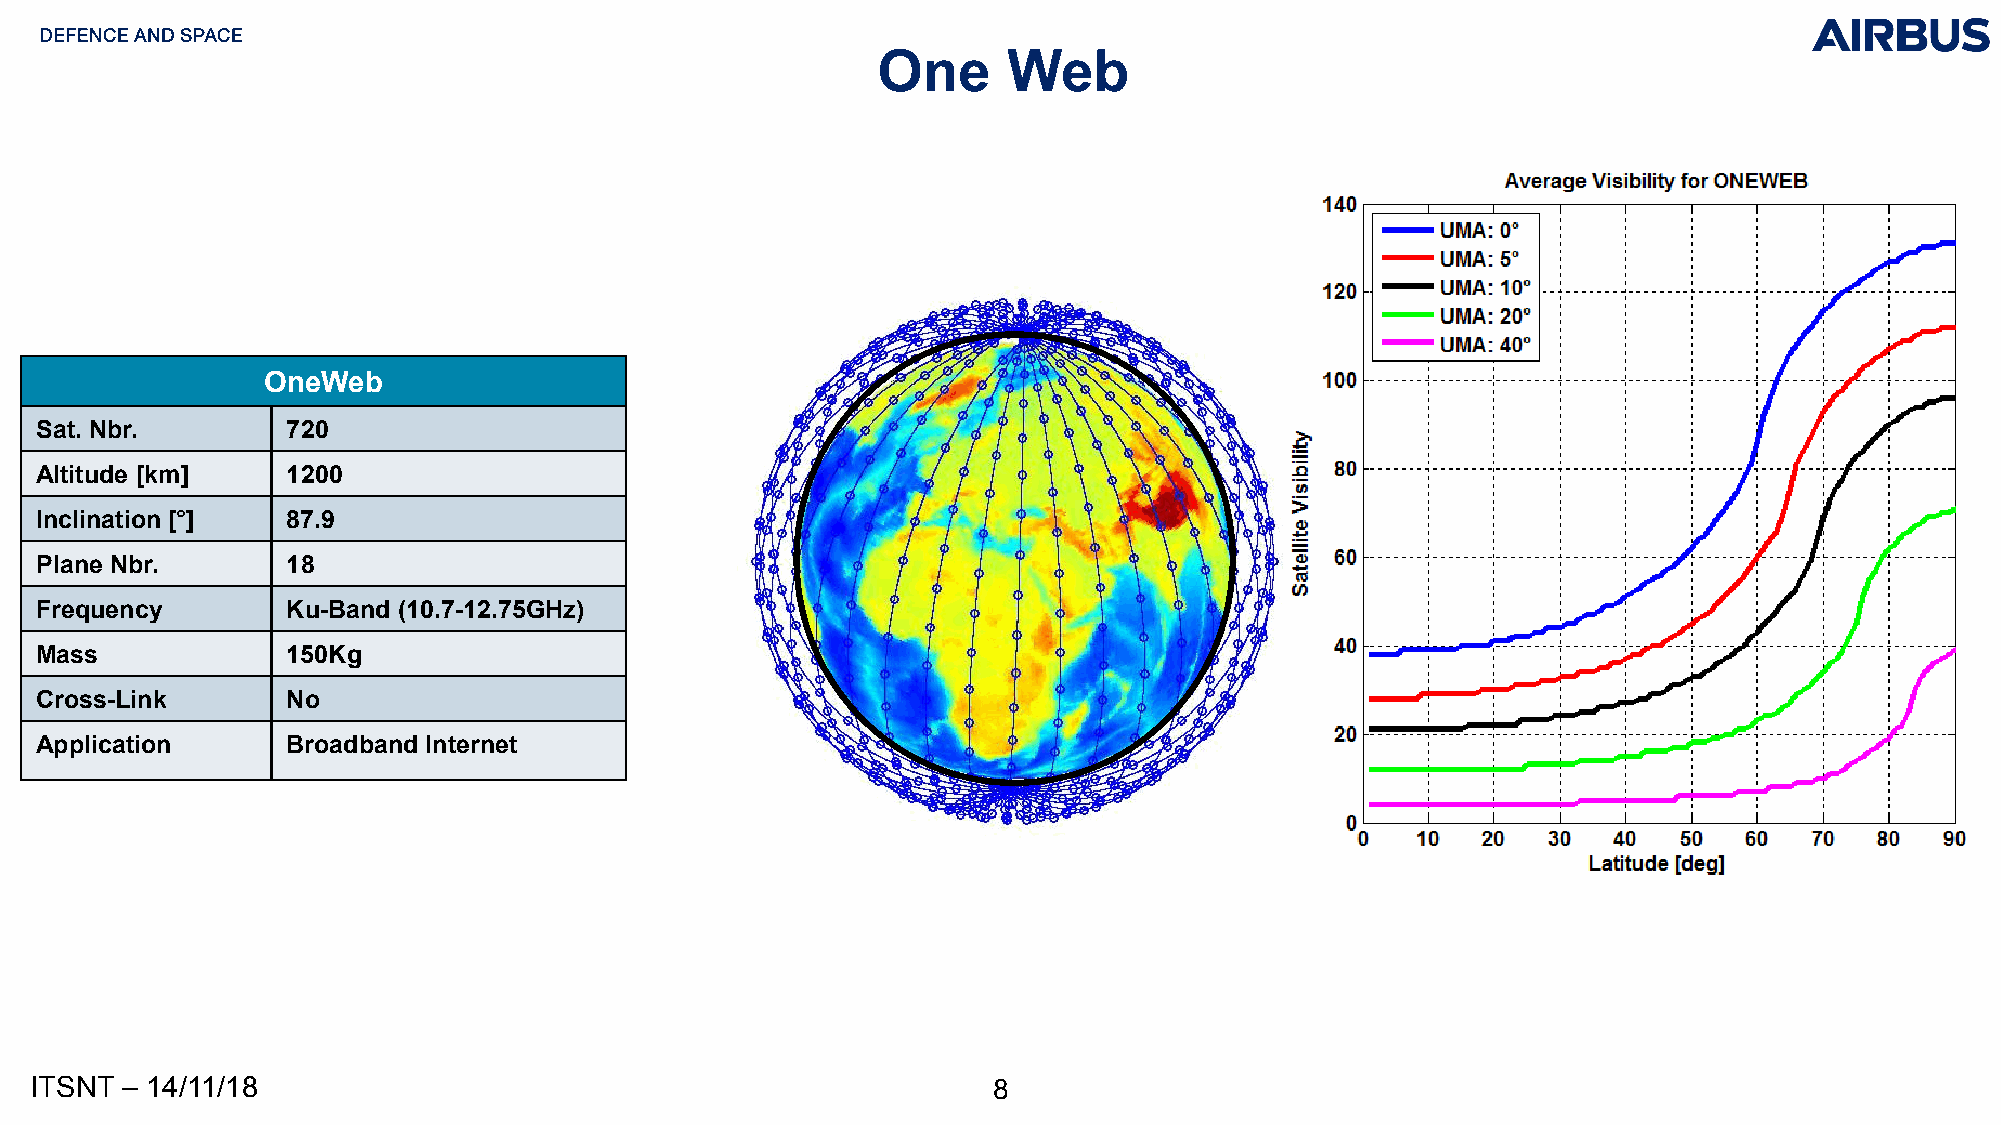
One      Web
 OneWeb
 Sat. Nbr.        720
 Altitude [km]    1200
 Inclination [°]  87.9
 Plane Nbr.       18
 Frequency        Ku-Band (10.7-12.75GHz)
 Mass             150Kg
 Cross-Link       No
 Application      Broadband Internet
 ITSNT – 14/11/18                                                8